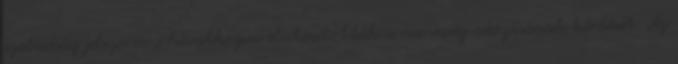
szabadság jelszavára hivatkozva elutasították a nemesség adózásának kérdését. Az